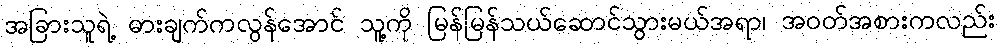
အခြားသူရဲ့ ဓားချက်ကလွန်အောင် သူ့ကို မြန်မြန်သယ်ဆောင်သွားမယ်အရာ၊ အဝတ်အစားကလည်း